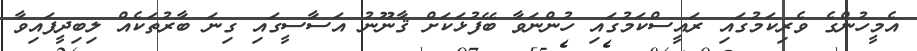
އެމީހުންގެ ވެރިކަމުގައި ރައީސްކަމުގައި ހުންނަވާ ބޭފުޅަކަށް ޤާނޫނު އަސާސީގައި ގިނަ ބާރުތަކެއް ލިބިދީފައިވާ